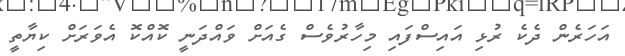
އަހަރެން ދެކެ ރުޅި އައިސްފައި މިހާރުވެސް ގެއަށް ވައްދަނީ ކޮއްކޮ އެވަރަށް ކިޔާތީ